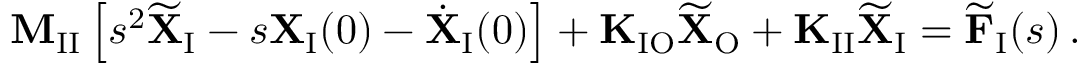
\mathbf { M } _ { \mathrm { I I } } \left[ s ^ { 2 } \widetilde { \mathbf { X } } _ { \mathrm { I } } - s \mathbf { X } _ { \mathrm { I } } ( 0 ) - \dot { \mathbf { X } } _ { \mathrm { I } } ( 0 ) \right] + \mathbf { K } _ { \mathrm { I O } } \widetilde { \mathbf { X } } _ { \mathrm { O } } + \mathbf { K } _ { \mathrm { I I } } \widetilde { \mathbf { X } } _ { \mathrm { I } } = \widetilde { \mathbf { F } } _ { \mathrm { I } } ( s ) \, .